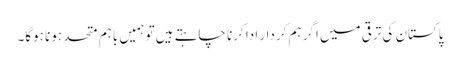
پاکستان کی ترقی میں اگر ہم کردار ادا کرنا چاہتے ہیں تو ہمیں باہم متحد ہونا ہوگا۔